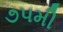
૭૫મી